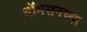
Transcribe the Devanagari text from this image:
थॉमसनच्या